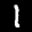
Label: 1